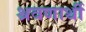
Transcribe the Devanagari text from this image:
श्रवणार्थी